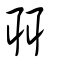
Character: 聑